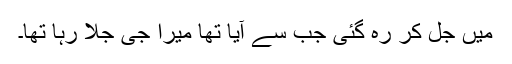
میں جل کر رہ گئی جب سے آیا تھا میرا جی جلا رہا تھا۔